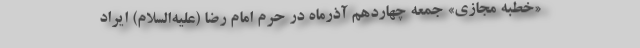
«خطبه مجازی» جمعه چهاردهم آذرماه در حرم امام رضا (علیه‌السلام) ایراد